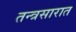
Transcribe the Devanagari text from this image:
तन्त्रसारात